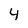
Character: 4